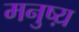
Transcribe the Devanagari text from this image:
मनुष्य़